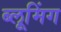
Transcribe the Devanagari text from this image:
ब्लूमिंग